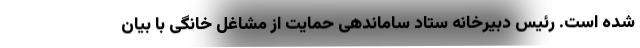
شده است. رئیس دبیرخانه ستاد ساماندهی حمایت از مشاغل خانگی با بیان